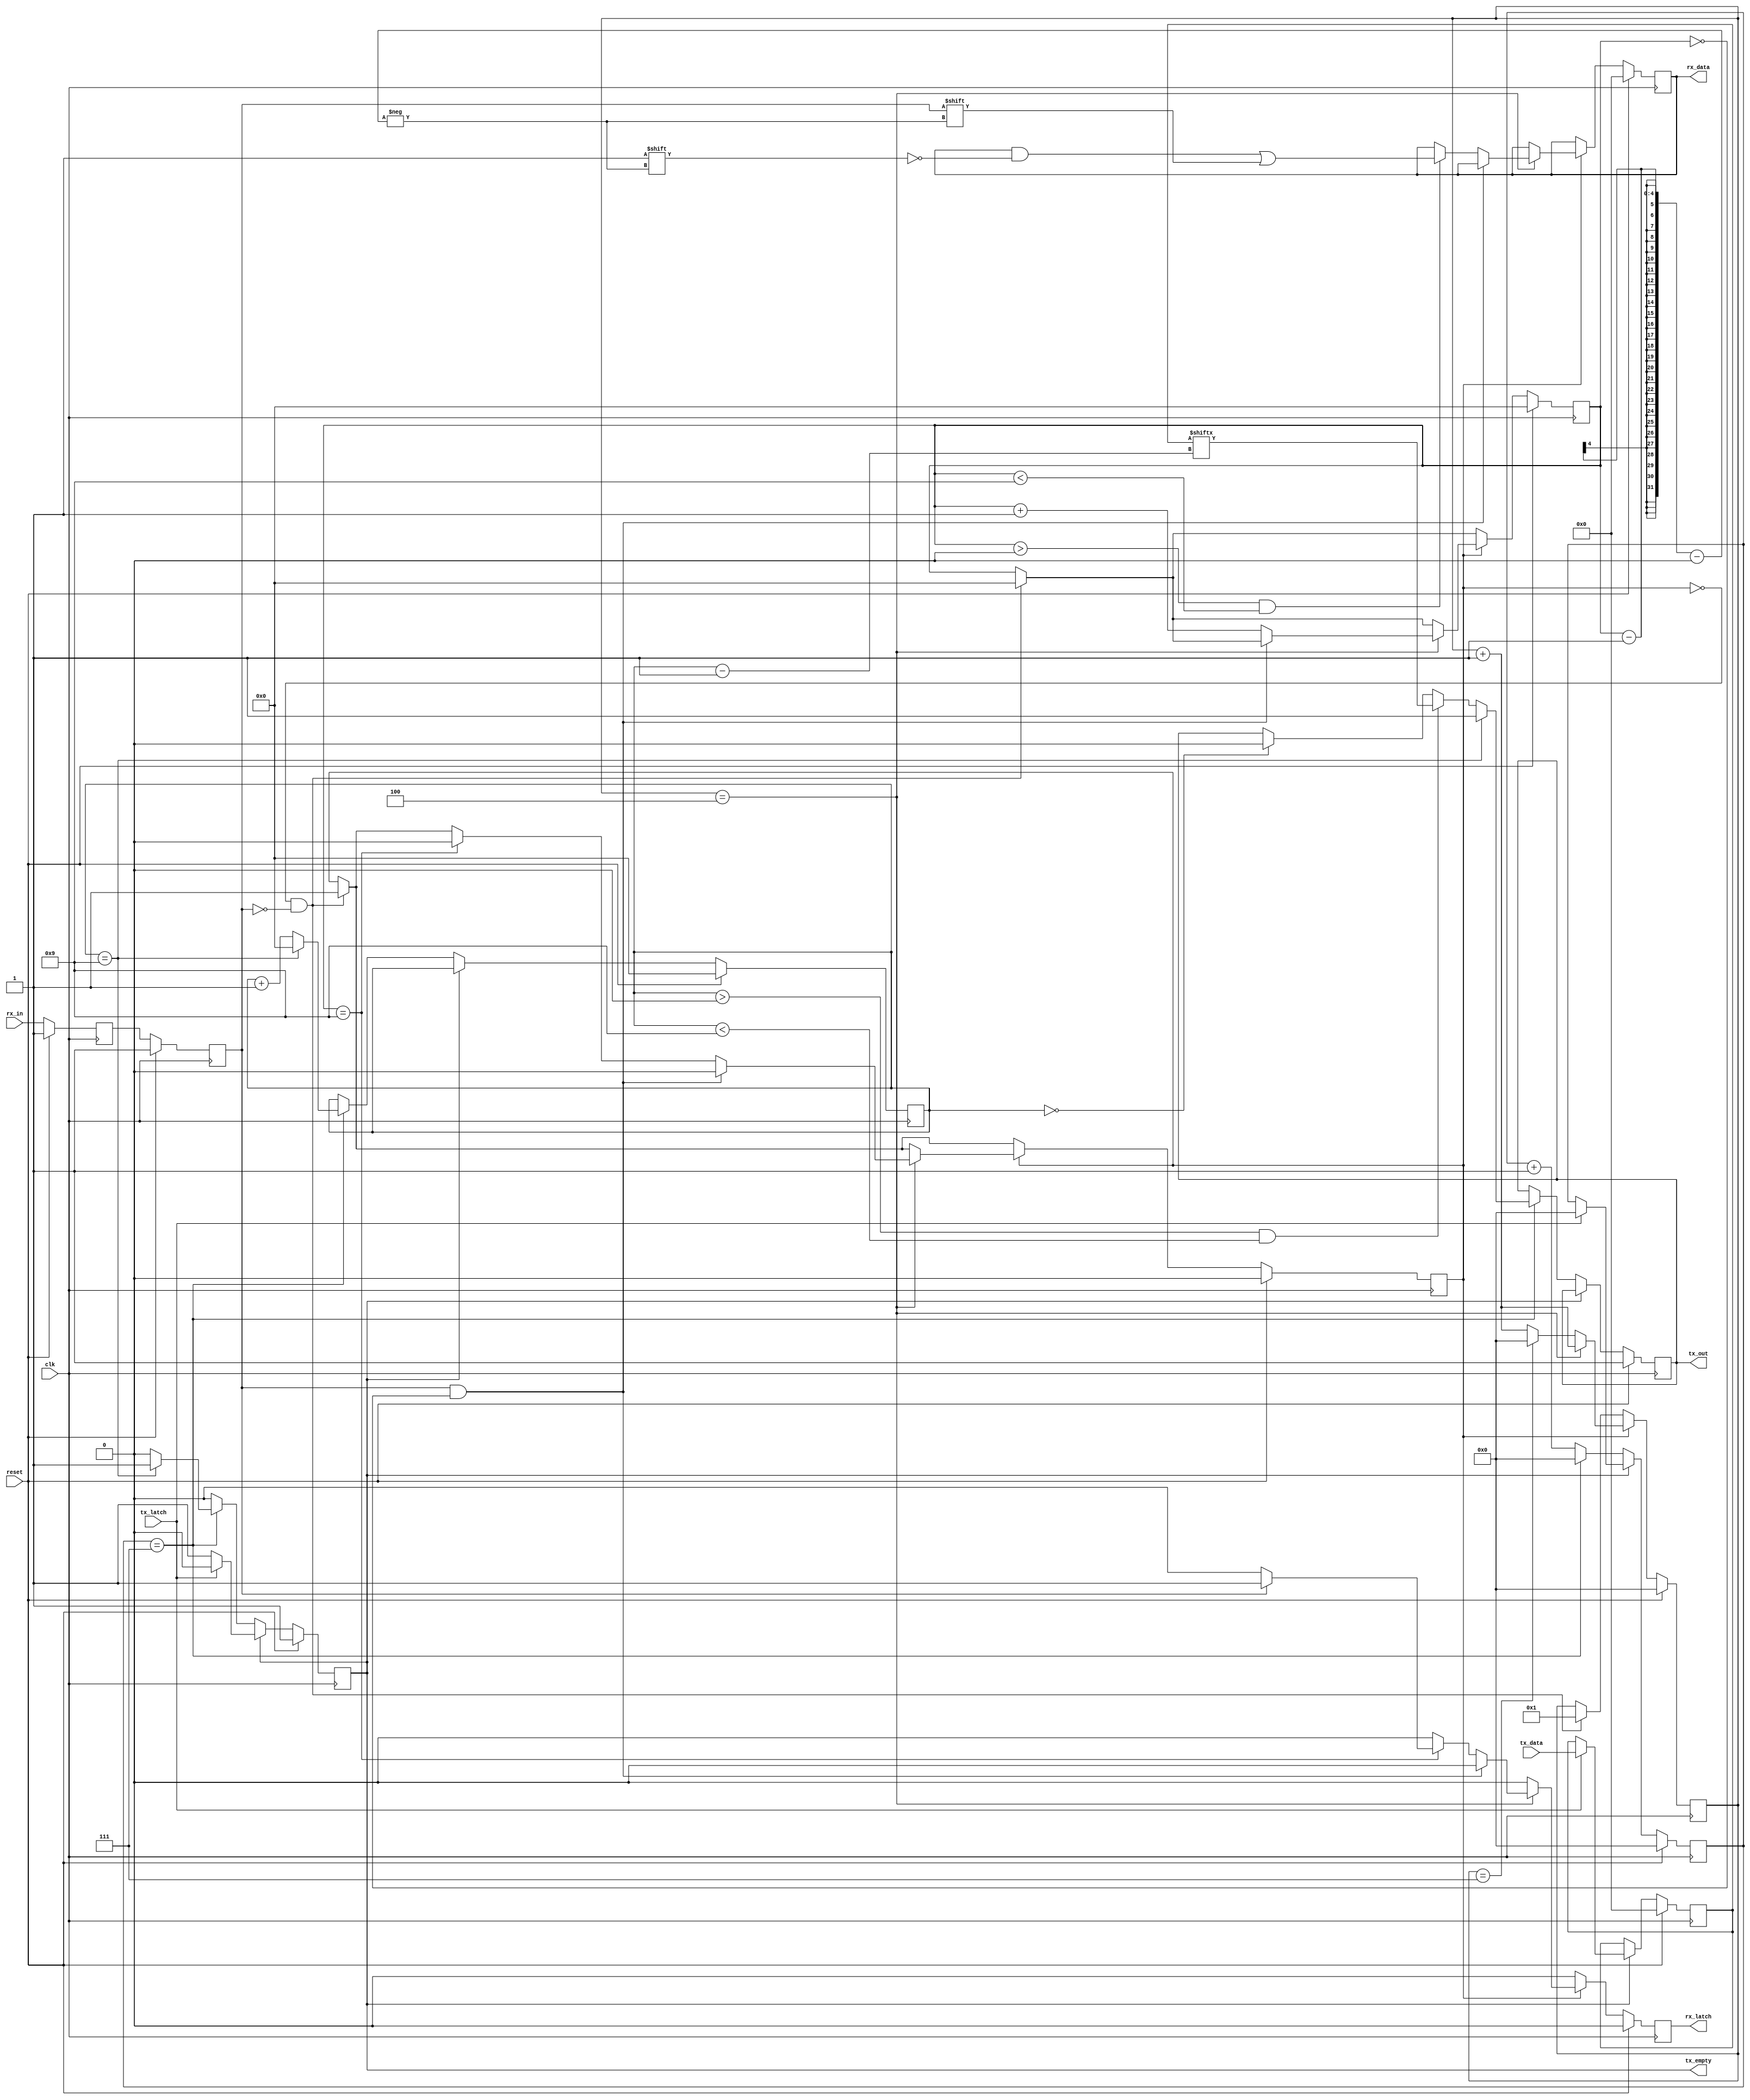
//----------------------------------------------------------------------------------------
// Design Name : uart 
// Function    : Simple UART
// Coder       : Deepak Kumar Tala (w/ significant annotations and modifications from Ben Kempke)
// Pulled from : http://www.asic-world.com/examples/verilog/uart.html on 11/1/2012
//----------------------------------------------------------------------------------------
module uart (
	// Port declarations
	input reset             ,//Reset signal for entire UART module (active high)

	input clk               ,//Clock corresponding to TX baudrate

	input rx_in             ,//UART RX line
	output reg tx_out       ,//UART TX line

	input tx_latch          ,//TX Data Latch
	input [7:0] tx_data     ,//8-bit TX Data
	output reg tx_empty     ,//Ready for new TX Data

	output reg [7:0] rx_data,//8-bit RX Data
	output reg rx_latch      //RX Data ready line (high for one rxclk cycle)
);

parameter BAUD_DIV = 8;

// Internal Variables 
reg [7:0] tx_reg;
reg [3:0] tx_cnt;
reg [3:0] rx_cnt;
reg [15:0] rx_sample_cnt;
reg [15:0] tx_sample_cnt;
reg rx_d1;
reg rx_d2;
reg rx_busy;

// UART RX Logic 
always @ (posedge clk) begin
	if (reset) begin
		rx_data       <= 0; 
		rx_sample_cnt <= 0;
		rx_cnt        <= 0;
		rx_latch      <= 0;
		rx_d1         <= 1;
		rx_d2         <= 1;
		rx_busy       <= 0;
	end else begin
		// Synchronize the asynch signal
		rx_d1 <= rx_in;
		rx_d2 <= rx_d1;
		rx_latch <= 0;
		// Check if just received start of frame
		if (!rx_busy && !rx_d2) begin
			rx_busy       <= 1;
			rx_sample_cnt <= 1;
			rx_cnt        <= 0;
		end
		// Start of frame detected, Proceed with rest of data
		if (rx_busy) begin
			rx_sample_cnt <= rx_sample_cnt + 1;
			// Logic to sample at middle of data
			if (rx_sample_cnt == BAUD_DIV/2) begin
				if ((rx_d2 == 1) && (rx_cnt == 0)) begin
					rx_busy <= 0;
				end else begin
					rx_cnt <= rx_cnt + 1; 
					// Start storing the rx data
					if (rx_cnt > 0 && rx_cnt < 9) begin
						rx_data[rx_cnt - 1] <= rx_d2;
					end
					if (rx_cnt == 9) begin
						rx_busy <= 0;
						// Check if End of frame received correctly
						if (rx_d2 == 1) begin
							rx_latch     <= 1;
						end
					end
				end
			end else if(rx_sample_cnt == BAUD_DIV-1) begin
				rx_sample_cnt <= 0;
			end
		end 
	end
end

// UART TX Logic
always @ (posedge clk) begin
	if (reset) begin
		tx_reg        <= 0;
		tx_empty      <= 1;
		tx_sample_cnt <= 0;
		tx_out        <= 1;
		tx_cnt        <= 0;
	end else begin
		if (!tx_empty) begin
			tx_sample_cnt <= tx_sample_cnt + 1;
			if(tx_sample_cnt == BAUD_DIV-1) begin
				tx_sample_cnt <= 0;
				tx_cnt <= tx_cnt + 1;
				if (tx_cnt == 0) begin
					tx_out <= 0;
				end
				if (tx_cnt > 0 && tx_cnt < 9) begin
					tx_out <= tx_reg[tx_cnt -1];
				end
				if (tx_cnt == 9) begin
					tx_out <= 1;
					tx_cnt <= 0;
					tx_empty <= 1;
				end
			end
		end else if (tx_latch) begin
			tx_reg   <= tx_data;
			tx_empty <= 0;
			tx_sample_cnt <= 0;
		end
	end
end

endmodule